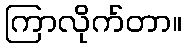
ကြာလိုက်တာ။